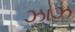
ઝાઝ